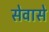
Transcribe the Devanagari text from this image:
सेवासे